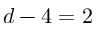
d - 4 = 2